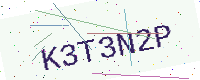
Text: K3T3N2P